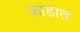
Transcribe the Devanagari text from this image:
कांडात